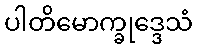
ပါတိမောက္ခုဒ္ဒေသံ